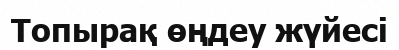
Топырақ өңдеу жүйесі